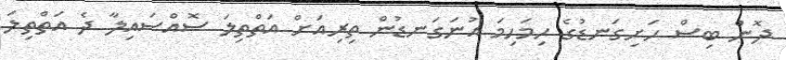
ދޮން ބިސް ހަށިގަނޑުގެ ހިމަހިމަ އުނަގަނޑުން ތިރިއަށް އަތްތިލަ ސޮއްސައިލާ ދެ އަތްތިލަ